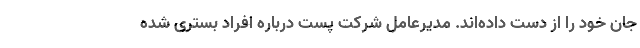
جان خود را از دست داده‌اند. مدیرعامل شرکت پست درباره افراد بستری شده